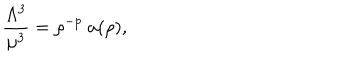
LaTeX: \frac { \Lambda ^ { 3 } } { \mu ^ { 3 } } = \rho ^ { - p } ~ a ( \rho ) ,